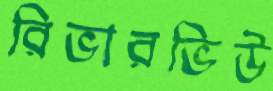
রিভারভিউ